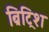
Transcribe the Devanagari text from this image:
ब्रिट्रिश